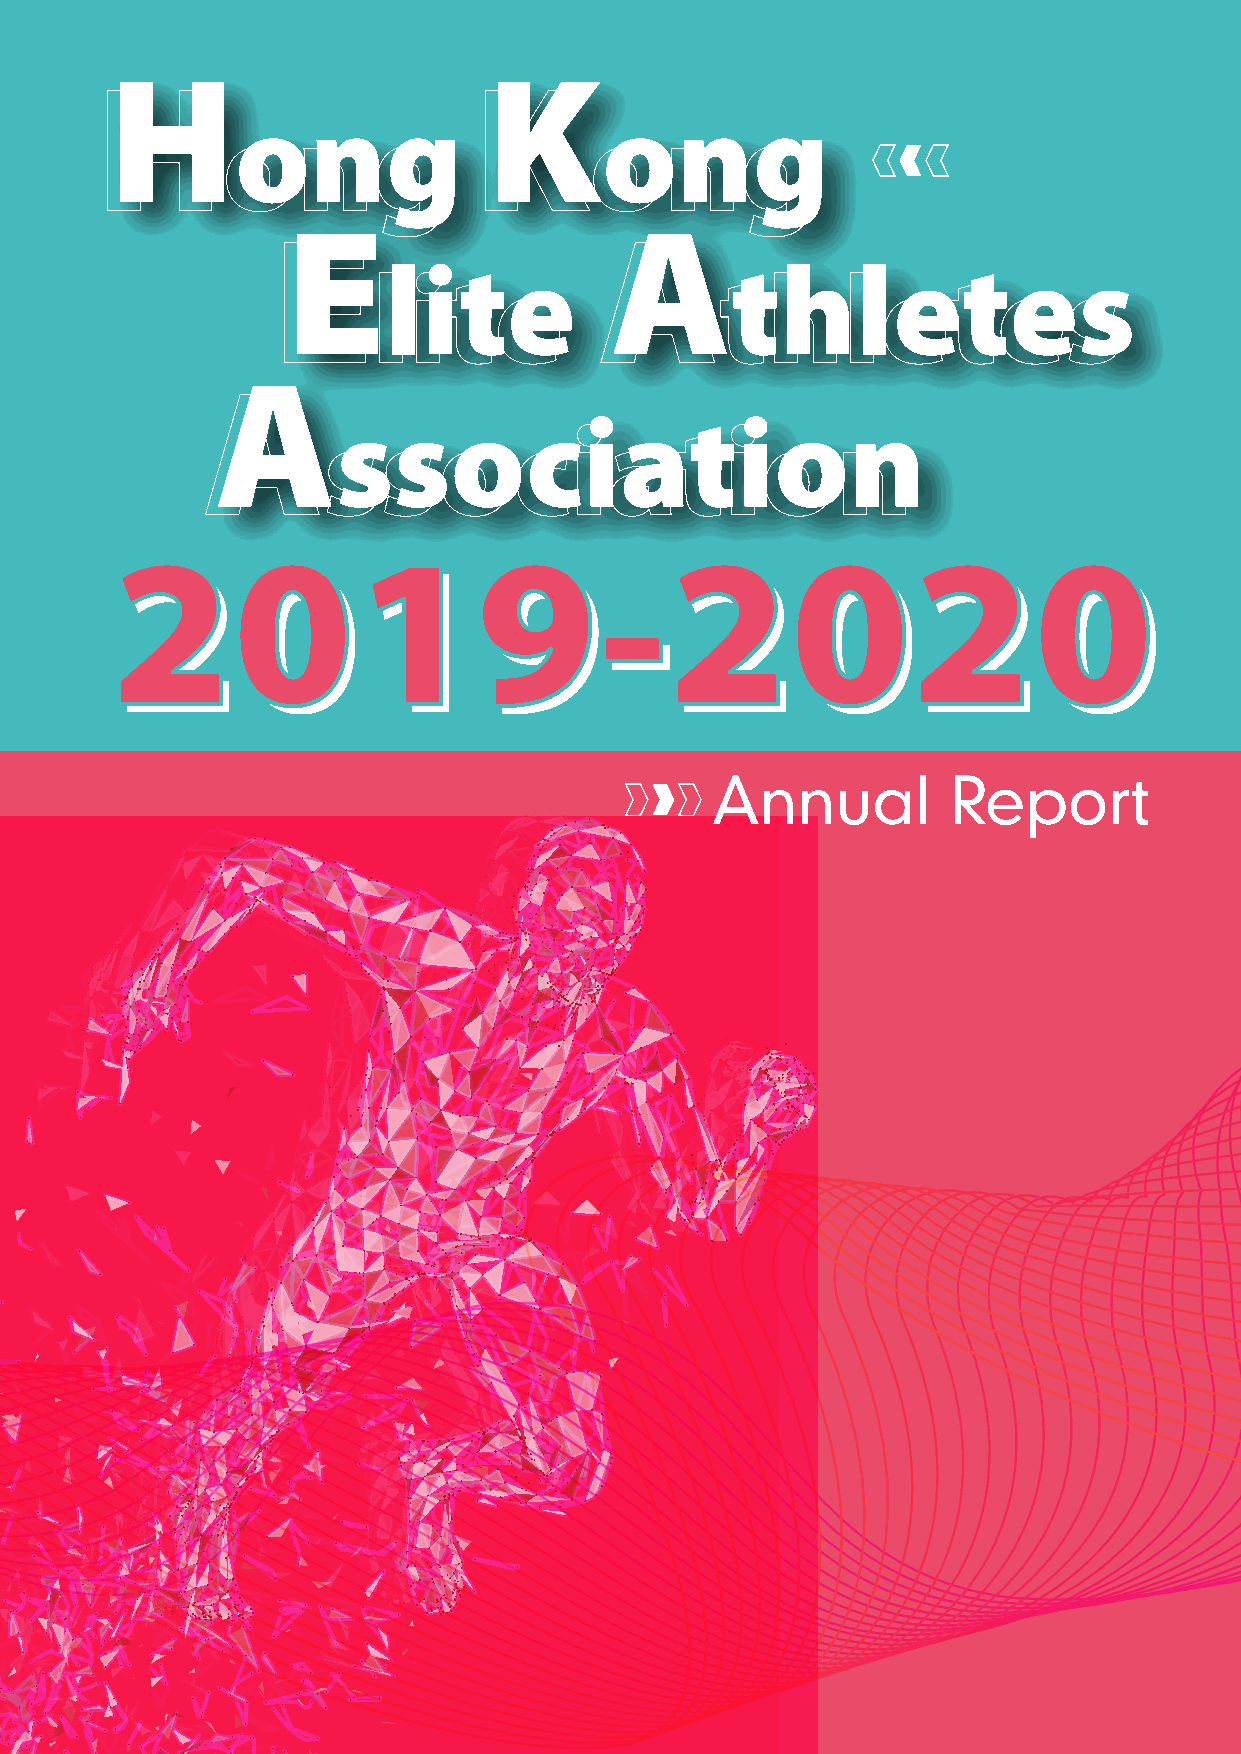
H                        K
 ong                     ong
 E                    A
 lite                   thletes
 A
 ssociation
 2019-2020
 2019-2020
 Annual          Report